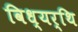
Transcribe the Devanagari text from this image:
विध्यर्थि